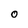
Character: 0